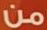
من